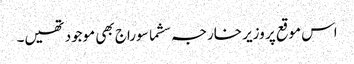
اس موقع پر وزیر خارجہ سشما سوراج بھی موجود تھیں۔